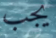
يجب